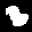
Label: 3